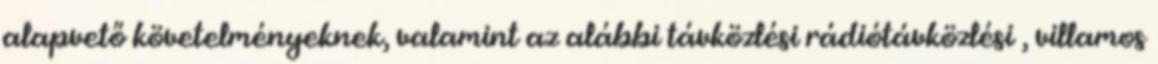
alapvető követelményeknek, valamint az alábbi távközlési rádiótávközlési , villamos